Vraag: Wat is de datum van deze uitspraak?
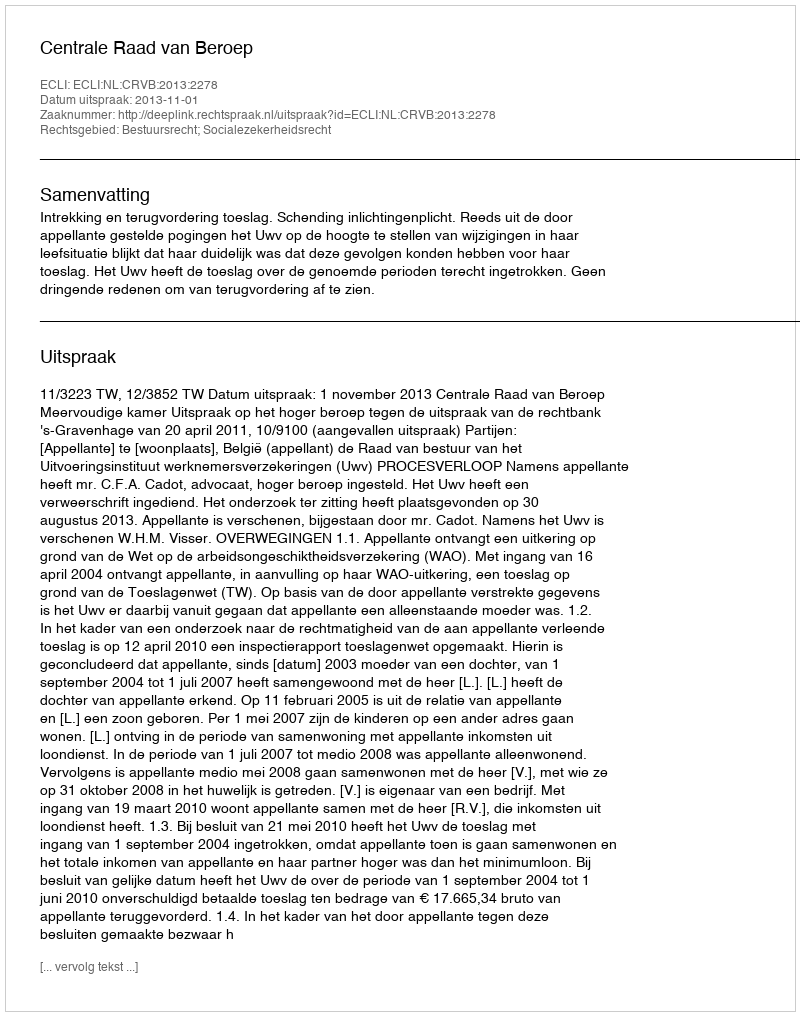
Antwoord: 2013-11-01